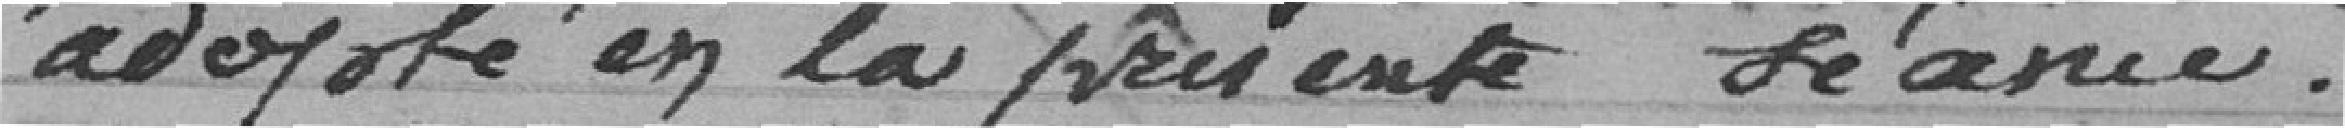
adopté en la présente séance